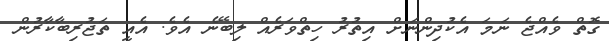
ގޮތް ވެއްޖެ ނަމަ އެކުދިންނަށް އިތުރު ހިތްވަރެއް ލިބޭނެ އެވެ. އެއީ ތަޖުރިބާކާރުން